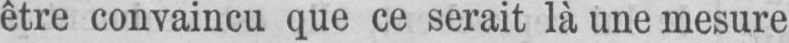
être convaincu que ce serait là une mesure